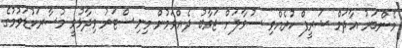
މެންބަރު އާދަމް ޝަރީފް ކުރެއްވި ސުވާލަށް ޖަވާބު ދެއްވަމުން މިނިސްޓަރު ވިދާޅުވީ މުސާރަކުޑަވުމުގެ